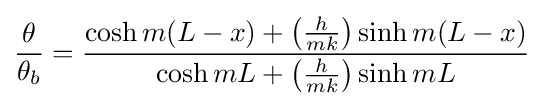
{\frac {\theta }{\theta _{b}}}={\frac {\cosh {m(L-x)}+\left({\frac {h}{mk}}\right)\sinh {m(L-x)}}{\cosh {mL}+\left({\frac {h}{mk}}\right)\sinh {mL}}}